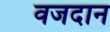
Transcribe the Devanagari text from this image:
वजदान